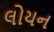
લોયન